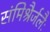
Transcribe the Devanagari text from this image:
संमिश्रैर्जलैः